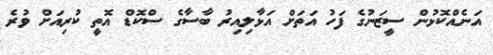
އަނެއްކޮޅުން ސީޒަނުގެ ފަހު އަތަށް އަޅާލިއިރު ބާސާގެ ސްކޮޑް އޮތީ ކުރިއަށް ވުރެ